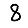
Digit: 8